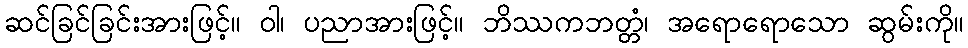
ဆင်ခြင်ခြင်းအားဖြင့်။ ဝါ၊ ပညာအားဖြင့်။ ဘိဿကဘတ္တံ၊ အရောရောသော ဆွမ်းကို။